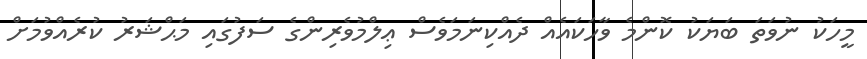
މީހަކު ނުވަތަ ބަޔަކު ކޮންމެ ވާހަކައެއް ދެއްކިނަމަވެސް ޢިލްމުވެރިންގެ ސަފުގައި މަޙްޝަރު ކުރެއްވުމަށް